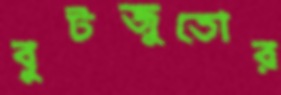
বুটজুতোর